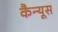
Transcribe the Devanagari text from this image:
कैन्यूस